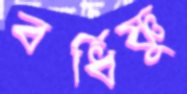
বর্ধিষ্ণু